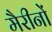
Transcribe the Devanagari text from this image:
मैरीनों